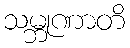
သမ္ဘုဏာတိ